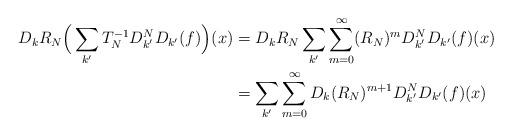
LaTeX: \begin{align*}D_kR_N\Big(\sum_{k'} T_N^{-1} D^N_{k'}D_{k'}(f)\Big)(x)&=D_kR_N \sum_{k'}\sum_{m=0}^\infty (R_N)^m D^N_{k'}D_{k'}(f)(x) \\&=\sum_{k'}\sum_{m=0}^\infty D_k(R_N)^{m+1} D^N_{k'}D_{k'}(f)(x)\end{align*}